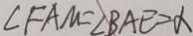
\angle F A M = \angle B A E = \alpha